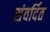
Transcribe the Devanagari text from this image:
संवर्दित